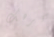
أكرهك